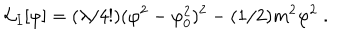
{ \cal L } _ { I } [ \varphi ] = ( \lambda / 4 ! ) ( \varphi ^ { 2 } - \varphi _ { 0 } ^ { 2 } ) ^ { 2 } - ( 1 / 2 ) m ^ { 2 } \varphi ^ { 2 } \; .